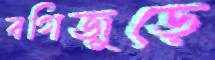
বগিজুড়ে